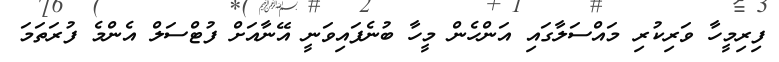
ފިރިމީހާ ވަރިކުރި މައްސަލާގައި އަންހެން މީހާ ބުނެފައިވަނީ އޭނާއަށް ފުޓްސަލް އެންމެ ފުރަތަމަ